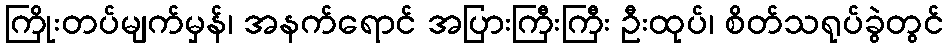
ကြိုးတပ်မျက်မှန်၊ အနက်ရောင် အပြားကြီးကြီး ဦးထုပ်၊ စိတ်သရုပ်ခွဲတွင်